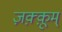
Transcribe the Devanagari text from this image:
ज़क़्क़ूम्